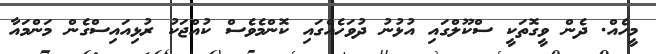
މީހެއް. ދެން ވީގޮތަކީ ސްކޫލްގައި އުޅުނު ދުވަހެއްގައި ކޮންމެވެސް ކުއްޖަކު ރުޅިއައިސްގެން މަންމައާ